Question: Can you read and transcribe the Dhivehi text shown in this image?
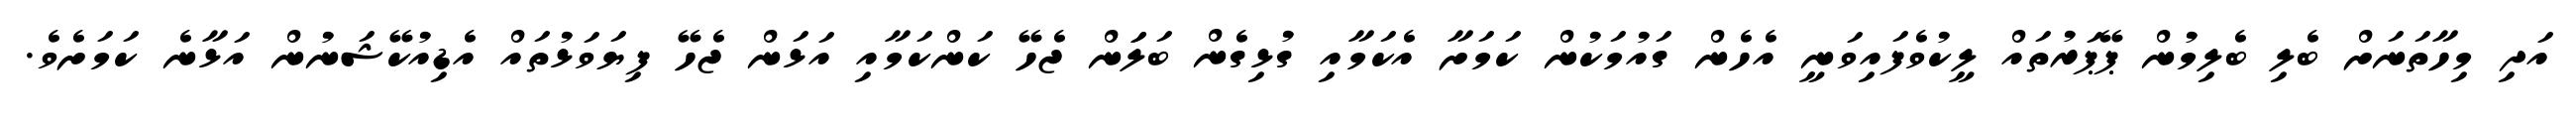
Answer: އަދި މިހާތަނަށް ބެލި ބެލިމުން ޕޭޕަރުތައް ލީކުވެފައިވަނީ އެހެން ގައުމަކުން ކަމަށާ އެކަމާއި ގުޅިގެން ބަލަަން ޖެހޭ ކަންކަމާއި އަޅަން ޖެހޭ ފިޔަވަޅުތައް އެޑިއުކޭޝަނުން އަޅާނެ ކަމަށެވެ.